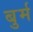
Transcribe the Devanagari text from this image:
बुर्म